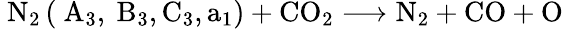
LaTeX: \mathrm{~N}_{2}\left(\mathrm{~A}_{3},\mathrm{~B}_{3},\mathrm{C}_{3},\mathrm{a}_{1}\right)+\mathrm{CO}_{2}\longrightarrow\mathrm{N}_{2}+\mathrm{CO}+\mathrm{O}